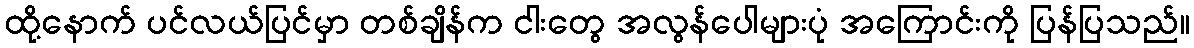
ထို့နောက် ပင်လယ်ပြင်မှာ တစ်ချိန်က ငါးတွေ အလွန်ပေါများပုံ အကြောင်းကို ပြန်ပြသည်။